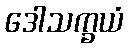
ဒေါသက္ခယံ